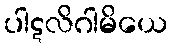
ပါဋလိဂါမိယေ